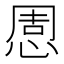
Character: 𢛇